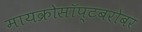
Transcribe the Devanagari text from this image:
मायक्रोसॉप्टबरोबर